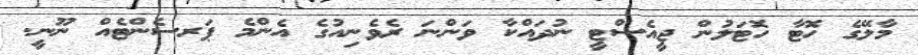
މާލޭގެ ހޮޓާ ހޮޓަލުން ޖީއެސްޓީ ނުދައްކާ ވަންނަ ރެވެނިއުގެ އެންމެ ޕަރސެންޓެއް ނޫނީ.